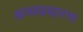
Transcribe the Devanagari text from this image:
श्रव्यप्रसारण